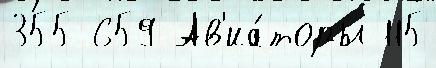
355 659 Ав'иа́торы 115